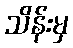
သိန်းမှ